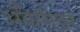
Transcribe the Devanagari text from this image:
अँबेसिडर